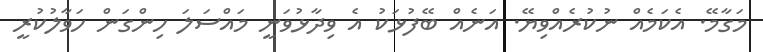
މަގާމޭ. އެކަމެއް ނުކުރެއްވިޔޭ. އަނެއް ބޭފުޅަކު އެ ވިދާޅުވަނީ މައްސަލަ ހިންގަން ހަވާލުކުރީ